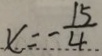
x = - \frac { 1 5 } { 4 }